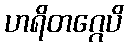
ဟရိတဂ္ဂေပိ